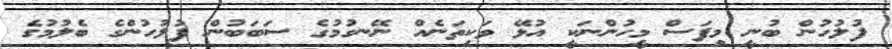
ފުލުހުން ބުނީ މިފަސް މީހުންނަކީ އުޅޭ ވަކިތަނެއް ނޭނގުމުގެ ސަބަބުން ފުލުހުންގެ ބެލުމުގެ